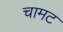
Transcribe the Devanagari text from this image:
चामट